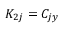
K _ { 2 j } = C _ { j y }